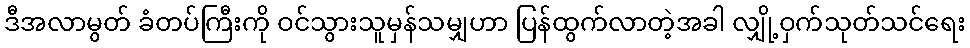
ဒီအလာမွတ် ခံတပ်ကြီးကို ဝင်သွားသူမှန်သမျှဟာ ပြန်ထွက်လာတဲ့အခါ လျှို့ဝှက်သုတ်သင်ရေး